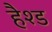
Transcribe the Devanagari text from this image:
हैश्ड